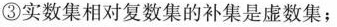
③实数集相对复数集的补集是虚数集；